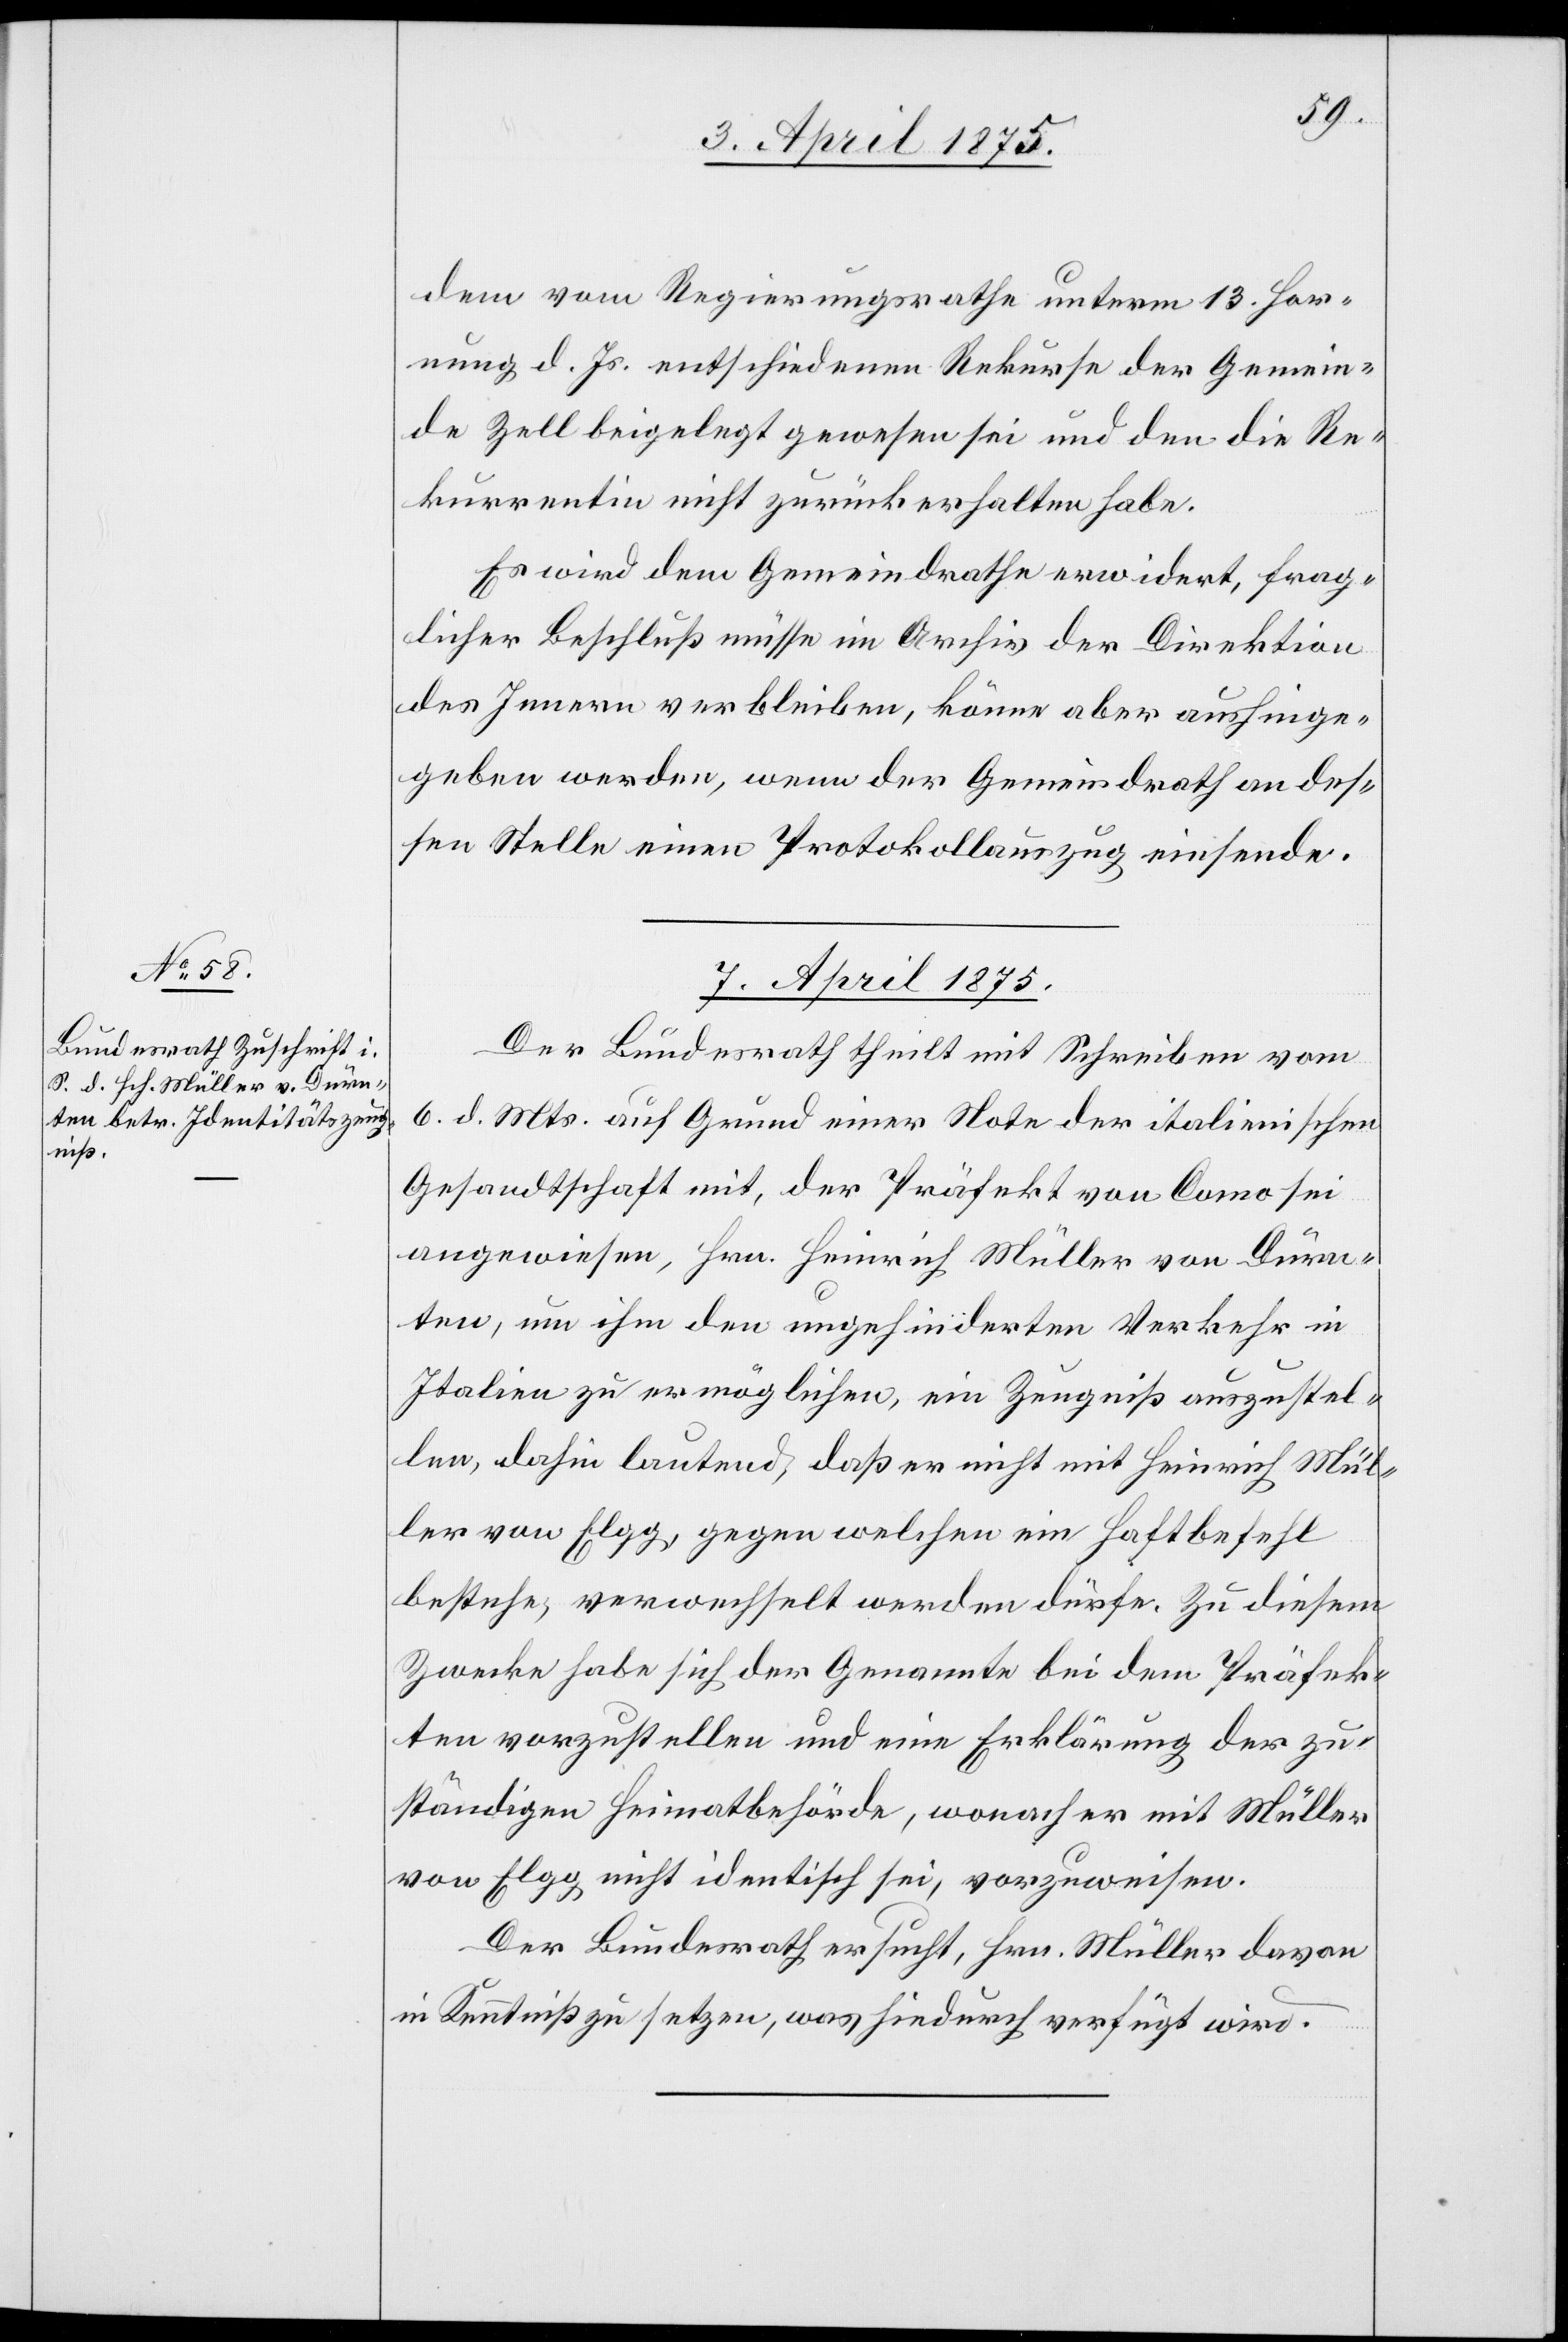
dem vom Regierungsrathe unterm 13. Hor¬
nung d. Js. entschiedenen Rekurse der Gemein¬
de Zell beigelegt gewesen sei und den die Re¬
kurrentin nicht zurückerhalten habe.
Es wird dem Gemeindrath erwiedert, frag¬
licher Beschluß müsse im Archiv der Direktion
des Innern verbleiben, könne aber aushinge¬
geben werden, wenn der Gemeindrath an des¬
sen Stelle einen Protokollauszug einsende.
7. April 1875.
Der Bundesrath theilt mit Schreiben vom
6. d. Mts. auf Grund einer Note der italienischen
Gesandtschaft mit, der Präfekt von Como sei
angewiesen, Hrn. Heinrich Müller von Dürn¬
ten, um ihm den ungehinderten Verkehr in
Italien zu ermöglichen, ein Zeugniß auszustel¬
len, dahin lautend, daß er nicht mit Heinrich Mül¬
ler von Elgg, gegen welchen ein Haftbefehl
bestehe, verwechselt werden dürfe. Zu diesem
Zwecke habe sich der Genannte bei dem Präfek¬
ten vorzustellen und eine Erklärung der zu¬
ständigen Heimatbehörde, wonach er mit Müller
von Elgg nicht identisch sei, vorzuweisen.
Der Bundesrath ersucht, Hrn. Müller davon
in Kenntniß zu setzen, was hindurch verfügt wird.